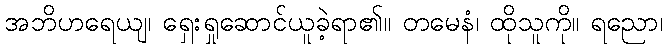
အဘိဟရေယျ၊ ရှေးရှုဆောင်ယူခဲ့ရာ၏။ တမေနံ၊ ထိုသူကို။ ရညော၊